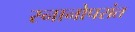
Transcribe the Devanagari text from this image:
स्नानोपरांत